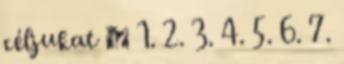
céljukat 🤓 1. 2. 3. 4. 5. 6. 7.